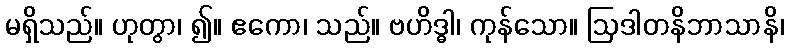
မရှိသည်။ ဟုတွာ၊ ၍။ ဧကော၊ သည်။ ဗဟိဒ္ဓါ၊ ကုန်သော။ ဩဒါတနိဘာသာနိ၊